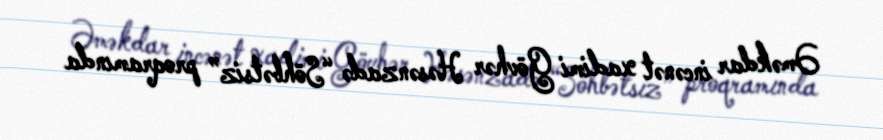
Əməkdar incənət xadimi Gövhər Həsənzadə “Söhbətsiz” proqramında